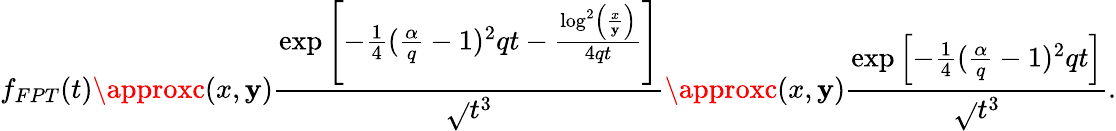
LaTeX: f_{FPT}(t)\approxc(x,\mathbf{y})\frac{{\exp\left[-\frac{{1}}{{4}}(\frac{{\alpha}}{{q}}-1)^{2}qt-\frac{{\log^{2}\left(\frac{{x}}{{\mathbf{y}}}\right)}}{{4qt}}\right]}}{{\sqrt{}{{t^{3}}}}}\approxc(x,\mathbf{y})\frac{{\exp\left[-\frac{{1}}{{4}}(\frac{{\alpha}}{{q}}-1)^{2}qt\right]}}{{\sqrt{}{{t^{3}}}}}.